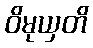
ဝိမုယှတိ